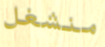
منشغل